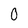
Character: 0